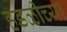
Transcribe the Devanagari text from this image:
हडळीच्या